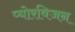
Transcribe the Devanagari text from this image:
प्योरविजन